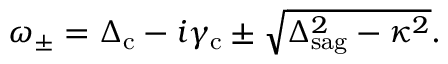
\begin{array} { r } { \omega _ { \pm } = \Delta _ { \mathrm { c } } - i \gamma _ { \mathrm { c } } \pm \sqrt { \Delta _ { \mathrm { s a g } } ^ { 2 } - \kappa ^ { 2 } } . } \end{array}